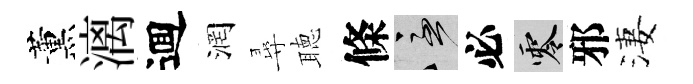
薰漓逥润尋聴條急必零邪淒